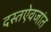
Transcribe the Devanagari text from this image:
दस्तऐवजांत